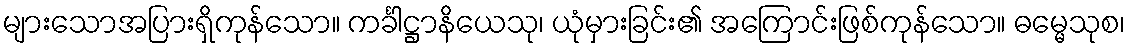
များသောအပြားရှိကုန်သော။ ကင်္ခါဋ္ဌာနိယေသု၊ ယုံမှားခြင်း၏ အကြောင်းဖြစ်ကုန်သော။ ဓမ္မေသုစ၊